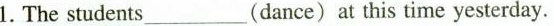
1. The students____(dance)at this time yesterday.